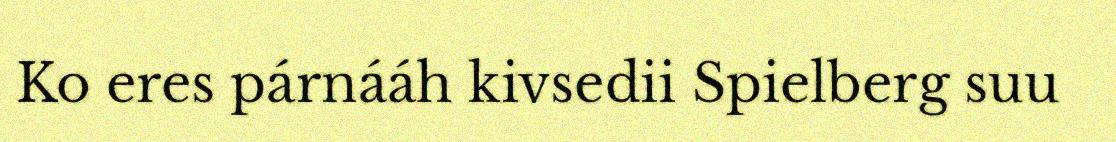
Ko eres párnááh kivsedii Spielberg suu